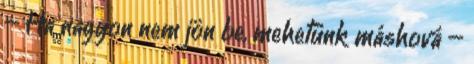
– Ha nagyon nem jön be, mehetünk máshová –